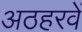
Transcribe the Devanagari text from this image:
अठहरवें